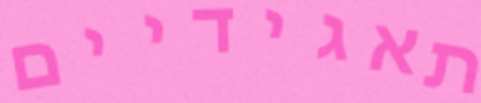
תאגידיים